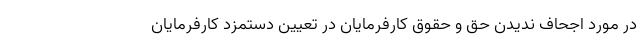
در مورد اجحاف ندیدن حق و حقوق کارفرمایان در تعیین دستمزد کارفرمایان